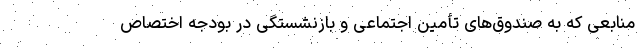
منابعی که به صندوق‌های تأمین اجتماعی و بازنشستگی در بودجه اختصاص